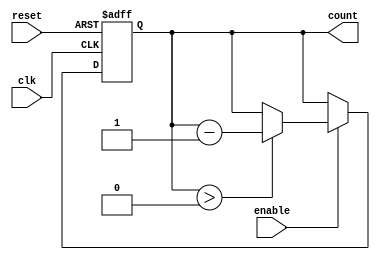
module down_counter (
    input wire clk,          // Clock signal
    input wire enable,       // Enable signal
    input wire reset,        // Asynchronous reset signal
    output reg [N-1:0] count // Current count value
);
    parameter MAX_VALUE = 15; // Maximum value for the counter
    localparam N = $clog2(MAX_VALUE + 1); // Number of bits needed for the counter

    // Asynchronous reset and counting logic
    always @(posedge clk or posedge reset) begin
        if (reset) begin
            count <= MAX_VALUE; // Reset to maximum value
        end else if (enable) begin
            if (count > 0) begin
                count <= count - 1; // Decrement only if count is greater than 0
            end
        end
    end

    // Initialize count to maximum value at the start
    initial begin
        count = MAX_VALUE; // Set the initial count value
    end

endmodule